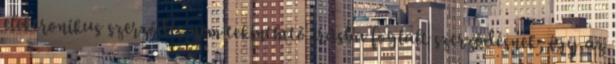
elektronikus szerződés nem tekinthető írásba foglalt szerződésnek, így az